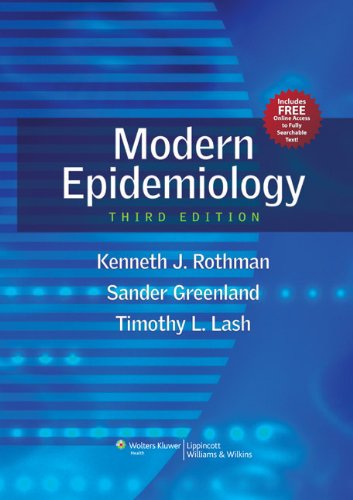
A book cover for Modern Epidemiology; Kenneth J. Rothman; Medical Books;